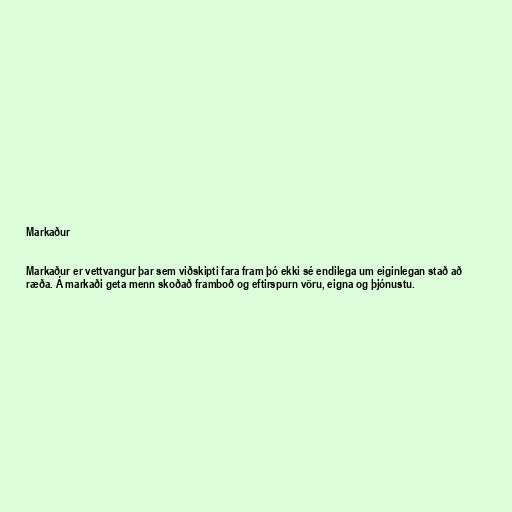
Markaður

Markaður er vettvangur þar sem viðskipti fara fram þó ekki sé endilega um eiginlegan stað að
ræða. Á markaði geta menn skoðað framboð og eftirspurn vöru, eigna og þjónustu.